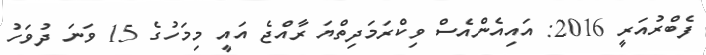
ފެބްރުއަރީ 2016: އައިއެންއެސް ވިކްރަމަދިތްޔަ ރާއްޖެ އައީ މިމަހުގެ 15 ވަނަ ދުވަހު